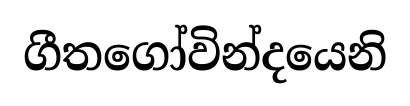
ගීතගෝවින්දයෙනි